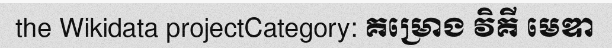
the Wikidata projectCategory: គម្រោង វិគី មេឌា